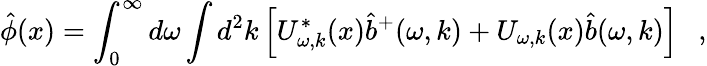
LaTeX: \hat{\phi}(x)=\int_{0}^{\infty}d\omega\int d^{2}k\left[U_{\omega,k}^{*}(x)\hat{b}^{+}(\omega,k)+U_{\omega,k}(x)\hat{b}(\omega,k)\right]~~~,